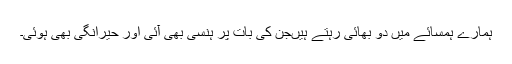
ہمارے ہمسائے میں دو بھائی رہتے ہیںجن کی بات پر ہنسی بھی آئی اور حیرانگی بھی ہوئی۔